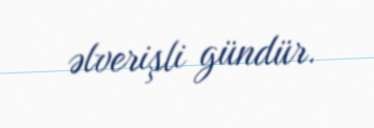
əlverişli gündür.